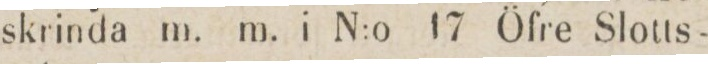
skrinda m. m. i N:o 17 Öfre Slotts-